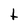
Character: t